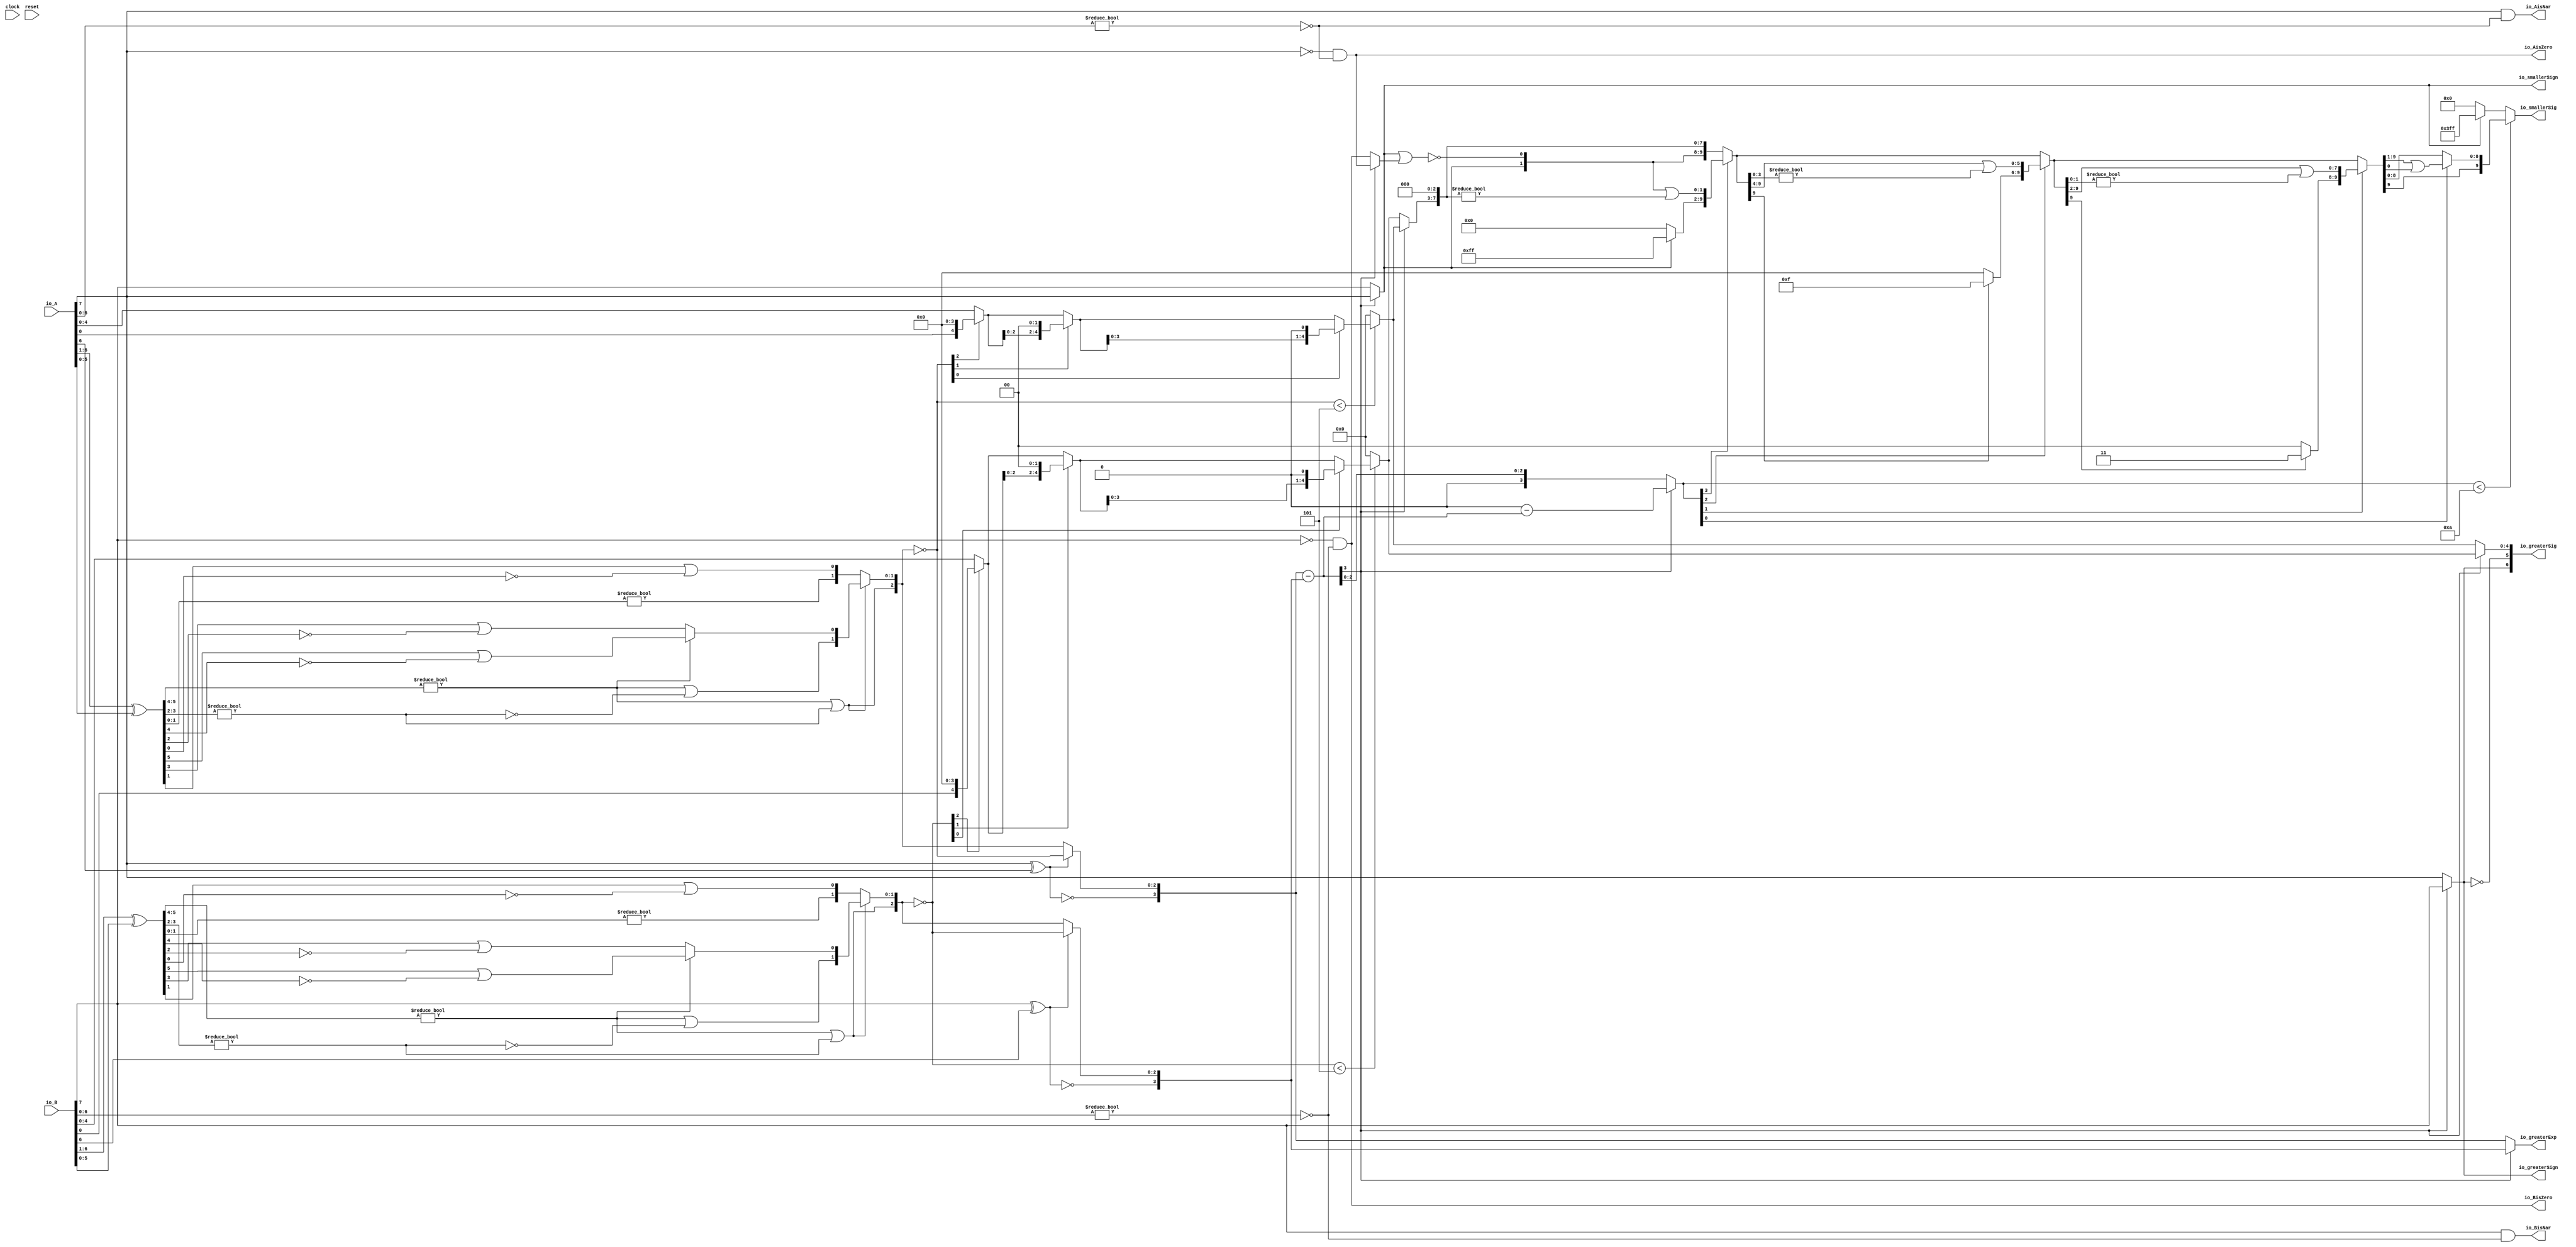
module Sig_op_approx8_0(
  input        clock,
  input        reset,
  input  [7:0] io_A,
  input  [7:0] io_B,
  output       io_greaterSign,
  output       io_smallerSign,
  output [3:0] io_greaterExp,
  output [6:0] io_greaterSig,
  output [9:0] io_smallerSig,
  output       io_AisNar,
  output       io_BisNar,
  output       io_AisZero,
  output       io_BisZero
);
  wire  _T_1; // @[convert.scala 18:24]
  wire  _T_2; // @[convert.scala 18:40]
  wire  _T_3; // @[convert.scala 18:36]
  wire [5:0] _T_4; // @[convert.scala 19:24]
  wire [5:0] _T_5; // @[convert.scala 19:43]
  wire [5:0] _T_6; // @[convert.scala 19:39]
  wire [3:0] _T_7; // @[LZD.scala 43:32]
  wire [1:0] _T_8; // @[LZD.scala 43:32]
  wire  _T_9; // @[LZD.scala 39:14]
  wire  _T_10; // @[LZD.scala 39:21]
  wire  _T_11; // @[LZD.scala 39:30]
  wire  _T_12; // @[LZD.scala 39:27]
  wire  _T_13; // @[LZD.scala 39:25]
  wire [1:0] _T_14; // @[Cat.scala 29:58]
  wire [1:0] _T_15; // @[LZD.scala 44:32]
  wire  _T_16; // @[LZD.scala 39:14]
  wire  _T_17; // @[LZD.scala 39:21]
  wire  _T_18; // @[LZD.scala 39:30]
  wire  _T_19; // @[LZD.scala 39:27]
  wire  _T_20; // @[LZD.scala 39:25]
  wire [1:0] _T_21; // @[Cat.scala 29:58]
  wire  _T_22; // @[Shift.scala 12:21]
  wire  _T_23; // @[Shift.scala 12:21]
  wire  _T_24; // @[LZD.scala 49:16]
  wire  _T_25; // @[LZD.scala 49:27]
  wire  _T_26; // @[LZD.scala 49:25]
  wire  _T_27; // @[LZD.scala 49:47]
  wire  _T_28; // @[LZD.scala 49:59]
  wire  _T_29; // @[LZD.scala 49:35]
  wire [2:0] _T_31; // @[Cat.scala 29:58]
  wire [1:0] _T_32; // @[LZD.scala 44:32]
  wire  _T_33; // @[LZD.scala 39:14]
  wire  _T_34; // @[LZD.scala 39:21]
  wire  _T_35; // @[LZD.scala 39:30]
  wire  _T_36; // @[LZD.scala 39:27]
  wire  _T_37; // @[LZD.scala 39:25]
  wire [1:0] _T_38; // @[Cat.scala 29:58]
  wire  _T_39; // @[Shift.scala 12:21]
  wire [1:0] _T_41; // @[LZD.scala 55:32]
  wire [1:0] _T_42; // @[LZD.scala 55:20]
  wire [2:0] _T_43; // @[Cat.scala 29:58]
  wire [2:0] _T_44; // @[convert.scala 21:22]
  wire [4:0] _T_45; // @[convert.scala 22:36]
  wire  _T_46; // @[Shift.scala 16:24]
  wire  _T_48; // @[Shift.scala 12:21]
  wire  _T_49; // @[Shift.scala 64:52]
  wire [4:0] _T_51; // @[Cat.scala 29:58]
  wire [4:0] _T_52; // @[Shift.scala 64:27]
  wire [1:0] _T_53; // @[Shift.scala 66:70]
  wire  _T_54; // @[Shift.scala 12:21]
  wire [2:0] _T_55; // @[Shift.scala 64:52]
  wire [4:0] _T_57; // @[Cat.scala 29:58]
  wire [4:0] _T_58; // @[Shift.scala 64:27]
  wire  _T_59; // @[Shift.scala 66:70]
  wire [3:0] _T_61; // @[Shift.scala 64:52]
  wire [4:0] _T_62; // @[Cat.scala 29:58]
  wire [4:0] _T_63; // @[Shift.scala 64:27]
  wire [4:0] decA_fraction; // @[Shift.scala 16:10]
  wire  _T_67; // @[convert.scala 25:26]
  wire [2:0] _T_69; // @[convert.scala 25:42]
  wire [3:0] _T_70; // @[Cat.scala 29:58]
  wire [6:0] _T_72; // @[convert.scala 29:56]
  wire  _T_73; // @[convert.scala 29:60]
  wire  _T_74; // @[convert.scala 29:41]
  wire  _T_77; // @[convert.scala 30:19]
  wire  decA_isZero; // @[convert.scala 30:41]
  wire [3:0] decA_scale; // @[convert.scala 32:24]
  wire  _T_86; // @[convert.scala 18:24]
  wire  _T_87; // @[convert.scala 18:40]
  wire  _T_88; // @[convert.scala 18:36]
  wire [5:0] _T_89; // @[convert.scala 19:24]
  wire [5:0] _T_90; // @[convert.scala 19:43]
  wire [5:0] _T_91; // @[convert.scala 19:39]
  wire [3:0] _T_92; // @[LZD.scala 43:32]
  wire [1:0] _T_93; // @[LZD.scala 43:32]
  wire  _T_94; // @[LZD.scala 39:14]
  wire  _T_95; // @[LZD.scala 39:21]
  wire  _T_96; // @[LZD.scala 39:30]
  wire  _T_97; // @[LZD.scala 39:27]
  wire  _T_98; // @[LZD.scala 39:25]
  wire [1:0] _T_99; // @[Cat.scala 29:58]
  wire [1:0] _T_100; // @[LZD.scala 44:32]
  wire  _T_101; // @[LZD.scala 39:14]
  wire  _T_102; // @[LZD.scala 39:21]
  wire  _T_103; // @[LZD.scala 39:30]
  wire  _T_104; // @[LZD.scala 39:27]
  wire  _T_105; // @[LZD.scala 39:25]
  wire [1:0] _T_106; // @[Cat.scala 29:58]
  wire  _T_107; // @[Shift.scala 12:21]
  wire  _T_108; // @[Shift.scala 12:21]
  wire  _T_109; // @[LZD.scala 49:16]
  wire  _T_110; // @[LZD.scala 49:27]
  wire  _T_111; // @[LZD.scala 49:25]
  wire  _T_112; // @[LZD.scala 49:47]
  wire  _T_113; // @[LZD.scala 49:59]
  wire  _T_114; // @[LZD.scala 49:35]
  wire [2:0] _T_116; // @[Cat.scala 29:58]
  wire [1:0] _T_117; // @[LZD.scala 44:32]
  wire  _T_118; // @[LZD.scala 39:14]
  wire  _T_119; // @[LZD.scala 39:21]
  wire  _T_120; // @[LZD.scala 39:30]
  wire  _T_121; // @[LZD.scala 39:27]
  wire  _T_122; // @[LZD.scala 39:25]
  wire [1:0] _T_123; // @[Cat.scala 29:58]
  wire  _T_124; // @[Shift.scala 12:21]
  wire [1:0] _T_126; // @[LZD.scala 55:32]
  wire [1:0] _T_127; // @[LZD.scala 55:20]
  wire [2:0] _T_128; // @[Cat.scala 29:58]
  wire [2:0] _T_129; // @[convert.scala 21:22]
  wire [4:0] _T_130; // @[convert.scala 22:36]
  wire  _T_131; // @[Shift.scala 16:24]
  wire  _T_133; // @[Shift.scala 12:21]
  wire  _T_134; // @[Shift.scala 64:52]
  wire [4:0] _T_136; // @[Cat.scala 29:58]
  wire [4:0] _T_137; // @[Shift.scala 64:27]
  wire [1:0] _T_138; // @[Shift.scala 66:70]
  wire  _T_139; // @[Shift.scala 12:21]
  wire [2:0] _T_140; // @[Shift.scala 64:52]
  wire [4:0] _T_142; // @[Cat.scala 29:58]
  wire [4:0] _T_143; // @[Shift.scala 64:27]
  wire  _T_144; // @[Shift.scala 66:70]
  wire [3:0] _T_146; // @[Shift.scala 64:52]
  wire [4:0] _T_147; // @[Cat.scala 29:58]
  wire [4:0] _T_148; // @[Shift.scala 64:27]
  wire [4:0] decB_fraction; // @[Shift.scala 16:10]
  wire  _T_152; // @[convert.scala 25:26]
  wire [2:0] _T_154; // @[convert.scala 25:42]
  wire [3:0] _T_155; // @[Cat.scala 29:58]
  wire [6:0] _T_157; // @[convert.scala 29:56]
  wire  _T_158; // @[convert.scala 29:60]
  wire  _T_159; // @[convert.scala 29:41]
  wire  _T_162; // @[convert.scala 30:19]
  wire  decB_isZero; // @[convert.scala 30:41]
  wire [3:0] decB_scale; // @[convert.scala 32:24]
  wire [3:0] _T_171; // @[Sig_op_approx.scala 37:30]
  wire [3:0] scale_diff; // @[Sig_op_approx.scala 37:30]
  wire  _T_172; // @[Sig_op_approx.scala 38:37]
  wire  aGTb; // @[Sig_op_approx.scala 38:21]
  wire [4:0] greaterFrac; // @[Sig_op_approx.scala 43:24]
  wire [4:0] smallerFrac; // @[Sig_op_approx.scala 44:24]
  wire  smallerZero; // @[Sig_op_approx.scala 45:24]
  wire [3:0] _T_178; // @[Sig_op_approx.scala 46:35]
  wire [3:0] _T_179; // @[Sig_op_approx.scala 46:35]
  wire [3:0] sdiff; // @[Sig_op_approx.scala 46:18]
  wire  _T_180; // @[Sig_op_approx.scala 51:53]
  wire  _T_181; // @[Sig_op_approx.scala 51:36]
  wire [9:0] _T_184; // @[Cat.scala 29:58]
  wire [3:0] _T_185; // @[Sig_op_approx.scala 51:119]
  wire  _T_186; // @[Shift.scala 39:24]
  wire [1:0] _T_188; // @[Shift.scala 90:30]
  wire [7:0] _T_189; // @[Shift.scala 90:48]
  wire  _T_190; // @[Shift.scala 90:57]
  wire [1:0] _GEN_0; // @[Shift.scala 90:39]
  wire [1:0] _T_191; // @[Shift.scala 90:39]
  wire  _T_192; // @[Shift.scala 12:21]
  wire  _T_193; // @[Shift.scala 12:21]
  wire [7:0] _T_195; // @[Bitwise.scala 71:12]
  wire [9:0] _T_196; // @[Cat.scala 29:58]
  wire [9:0] _T_197; // @[Shift.scala 91:22]
  wire [2:0] _T_198; // @[Shift.scala 92:77]
  wire [5:0] _T_199; // @[Shift.scala 90:30]
  wire [3:0] _T_200; // @[Shift.scala 90:48]
  wire  _T_201; // @[Shift.scala 90:57]
  wire [5:0] _GEN_1; // @[Shift.scala 90:39]
  wire [5:0] _T_202; // @[Shift.scala 90:39]
  wire  _T_203; // @[Shift.scala 12:21]
  wire  _T_204; // @[Shift.scala 12:21]
  wire [3:0] _T_206; // @[Bitwise.scala 71:12]
  wire [9:0] _T_207; // @[Cat.scala 29:58]
  wire [9:0] _T_208; // @[Shift.scala 91:22]
  wire [1:0] _T_209; // @[Shift.scala 92:77]
  wire [7:0] _T_210; // @[Shift.scala 90:30]
  wire [1:0] _T_211; // @[Shift.scala 90:48]
  wire  _T_212; // @[Shift.scala 90:57]
  wire [7:0] _GEN_2; // @[Shift.scala 90:39]
  wire [7:0] _T_213; // @[Shift.scala 90:39]
  wire  _T_214; // @[Shift.scala 12:21]
  wire  _T_215; // @[Shift.scala 12:21]
  wire [1:0] _T_217; // @[Bitwise.scala 71:12]
  wire [9:0] _T_218; // @[Cat.scala 29:58]
  wire [9:0] _T_219; // @[Shift.scala 91:22]
  wire  _T_220; // @[Shift.scala 92:77]
  wire [8:0] _T_221; // @[Shift.scala 90:30]
  wire  _T_222; // @[Shift.scala 90:48]
  wire [8:0] _GEN_3; // @[Shift.scala 90:39]
  wire [8:0] _T_224; // @[Shift.scala 90:39]
  wire  _T_226; // @[Shift.scala 12:21]
  wire [9:0] _T_227; // @[Cat.scala 29:58]
  wire [9:0] _T_228; // @[Shift.scala 91:22]
  wire [9:0] _T_231; // @[Bitwise.scala 71:12]
  wire  _T_232; // @[Sig_op_approx.scala 57:40]
  wire [1:0] _T_233; // @[Cat.scala 29:58]
  assign _T_1 = io_A[7]; // @[convert.scala 18:24]
  assign _T_2 = io_A[6]; // @[convert.scala 18:40]
  assign _T_3 = _T_1 ^ _T_2; // @[convert.scala 18:36]
  assign _T_4 = io_A[6:1]; // @[convert.scala 19:24]
  assign _T_5 = io_A[5:0]; // @[convert.scala 19:43]
  assign _T_6 = _T_4 ^ _T_5; // @[convert.scala 19:39]
  assign _T_7 = _T_6[5:2]; // @[LZD.scala 43:32]
  assign _T_8 = _T_7[3:2]; // @[LZD.scala 43:32]
  assign _T_9 = _T_8 != 2'h0; // @[LZD.scala 39:14]
  assign _T_10 = _T_8[1]; // @[LZD.scala 39:21]
  assign _T_11 = _T_8[0]; // @[LZD.scala 39:30]
  assign _T_12 = ~ _T_11; // @[LZD.scala 39:27]
  assign _T_13 = _T_10 | _T_12; // @[LZD.scala 39:25]
  assign _T_14 = {_T_9,_T_13}; // @[Cat.scala 29:58]
  assign _T_15 = _T_7[1:0]; // @[LZD.scala 44:32]
  assign _T_16 = _T_15 != 2'h0; // @[LZD.scala 39:14]
  assign _T_17 = _T_15[1]; // @[LZD.scala 39:21]
  assign _T_18 = _T_15[0]; // @[LZD.scala 39:30]
  assign _T_19 = ~ _T_18; // @[LZD.scala 39:27]
  assign _T_20 = _T_17 | _T_19; // @[LZD.scala 39:25]
  assign _T_21 = {_T_16,_T_20}; // @[Cat.scala 29:58]
  assign _T_22 = _T_14[1]; // @[Shift.scala 12:21]
  assign _T_23 = _T_21[1]; // @[Shift.scala 12:21]
  assign _T_24 = _T_22 | _T_23; // @[LZD.scala 49:16]
  assign _T_25 = ~ _T_23; // @[LZD.scala 49:27]
  assign _T_26 = _T_22 | _T_25; // @[LZD.scala 49:25]
  assign _T_27 = _T_14[0:0]; // @[LZD.scala 49:47]
  assign _T_28 = _T_21[0:0]; // @[LZD.scala 49:59]
  assign _T_29 = _T_22 ? _T_27 : _T_28; // @[LZD.scala 49:35]
  assign _T_31 = {_T_24,_T_26,_T_29}; // @[Cat.scala 29:58]
  assign _T_32 = _T_6[1:0]; // @[LZD.scala 44:32]
  assign _T_33 = _T_32 != 2'h0; // @[LZD.scala 39:14]
  assign _T_34 = _T_32[1]; // @[LZD.scala 39:21]
  assign _T_35 = _T_32[0]; // @[LZD.scala 39:30]
  assign _T_36 = ~ _T_35; // @[LZD.scala 39:27]
  assign _T_37 = _T_34 | _T_36; // @[LZD.scala 39:25]
  assign _T_38 = {_T_33,_T_37}; // @[Cat.scala 29:58]
  assign _T_39 = _T_31[2]; // @[Shift.scala 12:21]
  assign _T_41 = _T_31[1:0]; // @[LZD.scala 55:32]
  assign _T_42 = _T_39 ? _T_41 : _T_38; // @[LZD.scala 55:20]
  assign _T_43 = {_T_39,_T_42}; // @[Cat.scala 29:58]
  assign _T_44 = ~ _T_43; // @[convert.scala 21:22]
  assign _T_45 = io_A[4:0]; // @[convert.scala 22:36]
  assign _T_46 = _T_44 < 3'h5; // @[Shift.scala 16:24]
  assign _T_48 = _T_44[2]; // @[Shift.scala 12:21]
  assign _T_49 = _T_45[0:0]; // @[Shift.scala 64:52]
  assign _T_51 = {_T_49,4'h0}; // @[Cat.scala 29:58]
  assign _T_52 = _T_48 ? _T_51 : _T_45; // @[Shift.scala 64:27]
  assign _T_53 = _T_44[1:0]; // @[Shift.scala 66:70]
  assign _T_54 = _T_53[1]; // @[Shift.scala 12:21]
  assign _T_55 = _T_52[2:0]; // @[Shift.scala 64:52]
  assign _T_57 = {_T_55,2'h0}; // @[Cat.scala 29:58]
  assign _T_58 = _T_54 ? _T_57 : _T_52; // @[Shift.scala 64:27]
  assign _T_59 = _T_53[0:0]; // @[Shift.scala 66:70]
  assign _T_61 = _T_58[3:0]; // @[Shift.scala 64:52]
  assign _T_62 = {_T_61,1'h0}; // @[Cat.scala 29:58]
  assign _T_63 = _T_59 ? _T_62 : _T_58; // @[Shift.scala 64:27]
  assign decA_fraction = _T_46 ? _T_63 : 5'h0; // @[Shift.scala 16:10]
  assign _T_67 = _T_3 == 1'h0; // @[convert.scala 25:26]
  assign _T_69 = _T_3 ? _T_44 : _T_43; // @[convert.scala 25:42]
  assign _T_70 = {_T_67,_T_69}; // @[Cat.scala 29:58]
  assign _T_72 = io_A[6:0]; // @[convert.scala 29:56]
  assign _T_73 = _T_72 != 7'h0; // @[convert.scala 29:60]
  assign _T_74 = ~ _T_73; // @[convert.scala 29:41]
  assign _T_77 = _T_1 == 1'h0; // @[convert.scala 30:19]
  assign decA_isZero = _T_77 & _T_74; // @[convert.scala 30:41]
  assign decA_scale = $signed(_T_70); // @[convert.scala 32:24]
  assign _T_86 = io_B[7]; // @[convert.scala 18:24]
  assign _T_87 = io_B[6]; // @[convert.scala 18:40]
  assign _T_88 = _T_86 ^ _T_87; // @[convert.scala 18:36]
  assign _T_89 = io_B[6:1]; // @[convert.scala 19:24]
  assign _T_90 = io_B[5:0]; // @[convert.scala 19:43]
  assign _T_91 = _T_89 ^ _T_90; // @[convert.scala 19:39]
  assign _T_92 = _T_91[5:2]; // @[LZD.scala 43:32]
  assign _T_93 = _T_92[3:2]; // @[LZD.scala 43:32]
  assign _T_94 = _T_93 != 2'h0; // @[LZD.scala 39:14]
  assign _T_95 = _T_93[1]; // @[LZD.scala 39:21]
  assign _T_96 = _T_93[0]; // @[LZD.scala 39:30]
  assign _T_97 = ~ _T_96; // @[LZD.scala 39:27]
  assign _T_98 = _T_95 | _T_97; // @[LZD.scala 39:25]
  assign _T_99 = {_T_94,_T_98}; // @[Cat.scala 29:58]
  assign _T_100 = _T_92[1:0]; // @[LZD.scala 44:32]
  assign _T_101 = _T_100 != 2'h0; // @[LZD.scala 39:14]
  assign _T_102 = _T_100[1]; // @[LZD.scala 39:21]
  assign _T_103 = _T_100[0]; // @[LZD.scala 39:30]
  assign _T_104 = ~ _T_103; // @[LZD.scala 39:27]
  assign _T_105 = _T_102 | _T_104; // @[LZD.scala 39:25]
  assign _T_106 = {_T_101,_T_105}; // @[Cat.scala 29:58]
  assign _T_107 = _T_99[1]; // @[Shift.scala 12:21]
  assign _T_108 = _T_106[1]; // @[Shift.scala 12:21]
  assign _T_109 = _T_107 | _T_108; // @[LZD.scala 49:16]
  assign _T_110 = ~ _T_108; // @[LZD.scala 49:27]
  assign _T_111 = _T_107 | _T_110; // @[LZD.scala 49:25]
  assign _T_112 = _T_99[0:0]; // @[LZD.scala 49:47]
  assign _T_113 = _T_106[0:0]; // @[LZD.scala 49:59]
  assign _T_114 = _T_107 ? _T_112 : _T_113; // @[LZD.scala 49:35]
  assign _T_116 = {_T_109,_T_111,_T_114}; // @[Cat.scala 29:58]
  assign _T_117 = _T_91[1:0]; // @[LZD.scala 44:32]
  assign _T_118 = _T_117 != 2'h0; // @[LZD.scala 39:14]
  assign _T_119 = _T_117[1]; // @[LZD.scala 39:21]
  assign _T_120 = _T_117[0]; // @[LZD.scala 39:30]
  assign _T_121 = ~ _T_120; // @[LZD.scala 39:27]
  assign _T_122 = _T_119 | _T_121; // @[LZD.scala 39:25]
  assign _T_123 = {_T_118,_T_122}; // @[Cat.scala 29:58]
  assign _T_124 = _T_116[2]; // @[Shift.scala 12:21]
  assign _T_126 = _T_116[1:0]; // @[LZD.scala 55:32]
  assign _T_127 = _T_124 ? _T_126 : _T_123; // @[LZD.scala 55:20]
  assign _T_128 = {_T_124,_T_127}; // @[Cat.scala 29:58]
  assign _T_129 = ~ _T_128; // @[convert.scala 21:22]
  assign _T_130 = io_B[4:0]; // @[convert.scala 22:36]
  assign _T_131 = _T_129 < 3'h5; // @[Shift.scala 16:24]
  assign _T_133 = _T_129[2]; // @[Shift.scala 12:21]
  assign _T_134 = _T_130[0:0]; // @[Shift.scala 64:52]
  assign _T_136 = {_T_134,4'h0}; // @[Cat.scala 29:58]
  assign _T_137 = _T_133 ? _T_136 : _T_130; // @[Shift.scala 64:27]
  assign _T_138 = _T_129[1:0]; // @[Shift.scala 66:70]
  assign _T_139 = _T_138[1]; // @[Shift.scala 12:21]
  assign _T_140 = _T_137[2:0]; // @[Shift.scala 64:52]
  assign _T_142 = {_T_140,2'h0}; // @[Cat.scala 29:58]
  assign _T_143 = _T_139 ? _T_142 : _T_137; // @[Shift.scala 64:27]
  assign _T_144 = _T_138[0:0]; // @[Shift.scala 66:70]
  assign _T_146 = _T_143[3:0]; // @[Shift.scala 64:52]
  assign _T_147 = {_T_146,1'h0}; // @[Cat.scala 29:58]
  assign _T_148 = _T_144 ? _T_147 : _T_143; // @[Shift.scala 64:27]
  assign decB_fraction = _T_131 ? _T_148 : 5'h0; // @[Shift.scala 16:10]
  assign _T_152 = _T_88 == 1'h0; // @[convert.scala 25:26]
  assign _T_154 = _T_88 ? _T_129 : _T_128; // @[convert.scala 25:42]
  assign _T_155 = {_T_152,_T_154}; // @[Cat.scala 29:58]
  assign _T_157 = io_B[6:0]; // @[convert.scala 29:56]
  assign _T_158 = _T_157 != 7'h0; // @[convert.scala 29:60]
  assign _T_159 = ~ _T_158; // @[convert.scala 29:41]
  assign _T_162 = _T_86 == 1'h0; // @[convert.scala 30:19]
  assign decB_isZero = _T_162 & _T_159; // @[convert.scala 30:41]
  assign decB_scale = $signed(_T_155); // @[convert.scala 32:24]
  assign _T_171 = $signed(decA_scale) - $signed(decB_scale); // @[Sig_op_approx.scala 37:30]
  assign scale_diff = $signed(_T_171); // @[Sig_op_approx.scala 37:30]
  assign _T_172 = scale_diff[3:3]; // @[Sig_op_approx.scala 38:37]
  assign aGTb = ~ _T_172; // @[Sig_op_approx.scala 38:21]
  assign greaterFrac = aGTb ? decA_fraction : decB_fraction; // @[Sig_op_approx.scala 43:24]
  assign smallerFrac = aGTb ? decB_fraction : decA_fraction; // @[Sig_op_approx.scala 44:24]
  assign smallerZero = aGTb ? decB_isZero : decA_isZero; // @[Sig_op_approx.scala 45:24]
  assign _T_178 = $signed(4'sh0) - $signed(scale_diff); // @[Sig_op_approx.scala 46:35]
  assign _T_179 = $signed(_T_178); // @[Sig_op_approx.scala 46:35]
  assign sdiff = aGTb ? $signed(scale_diff) : $signed(_T_179); // @[Sig_op_approx.scala 46:18]
  assign _T_180 = io_smallerSign | smallerZero; // @[Sig_op_approx.scala 51:53]
  assign _T_181 = ~ _T_180; // @[Sig_op_approx.scala 51:36]
  assign _T_184 = {io_smallerSign,_T_181,smallerFrac,3'h0}; // @[Cat.scala 29:58]
  assign _T_185 = $unsigned(sdiff); // @[Sig_op_approx.scala 51:119]
  assign _T_186 = _T_185 < 4'ha; // @[Shift.scala 39:24]
  assign _T_188 = _T_184[9:8]; // @[Shift.scala 90:30]
  assign _T_189 = _T_184[7:0]; // @[Shift.scala 90:48]
  assign _T_190 = _T_189 != 8'h0; // @[Shift.scala 90:57]
  assign _GEN_0 = {{1'd0}, _T_190}; // @[Shift.scala 90:39]
  assign _T_191 = _T_188 | _GEN_0; // @[Shift.scala 90:39]
  assign _T_192 = _T_185[3]; // @[Shift.scala 12:21]
  assign _T_193 = _T_184[9]; // @[Shift.scala 12:21]
  assign _T_195 = _T_193 ? 8'hff : 8'h0; // @[Bitwise.scala 71:12]
  assign _T_196 = {_T_195,_T_191}; // @[Cat.scala 29:58]
  assign _T_197 = _T_192 ? _T_196 : _T_184; // @[Shift.scala 91:22]
  assign _T_198 = _T_185[2:0]; // @[Shift.scala 92:77]
  assign _T_199 = _T_197[9:4]; // @[Shift.scala 90:30]
  assign _T_200 = _T_197[3:0]; // @[Shift.scala 90:48]
  assign _T_201 = _T_200 != 4'h0; // @[Shift.scala 90:57]
  assign _GEN_1 = {{5'd0}, _T_201}; // @[Shift.scala 90:39]
  assign _T_202 = _T_199 | _GEN_1; // @[Shift.scala 90:39]
  assign _T_203 = _T_198[2]; // @[Shift.scala 12:21]
  assign _T_204 = _T_197[9]; // @[Shift.scala 12:21]
  assign _T_206 = _T_204 ? 4'hf : 4'h0; // @[Bitwise.scala 71:12]
  assign _T_207 = {_T_206,_T_202}; // @[Cat.scala 29:58]
  assign _T_208 = _T_203 ? _T_207 : _T_197; // @[Shift.scala 91:22]
  assign _T_209 = _T_198[1:0]; // @[Shift.scala 92:77]
  assign _T_210 = _T_208[9:2]; // @[Shift.scala 90:30]
  assign _T_211 = _T_208[1:0]; // @[Shift.scala 90:48]
  assign _T_212 = _T_211 != 2'h0; // @[Shift.scala 90:57]
  assign _GEN_2 = {{7'd0}, _T_212}; // @[Shift.scala 90:39]
  assign _T_213 = _T_210 | _GEN_2; // @[Shift.scala 90:39]
  assign _T_214 = _T_209[1]; // @[Shift.scala 12:21]
  assign _T_215 = _T_208[9]; // @[Shift.scala 12:21]
  assign _T_217 = _T_215 ? 2'h3 : 2'h0; // @[Bitwise.scala 71:12]
  assign _T_218 = {_T_217,_T_213}; // @[Cat.scala 29:58]
  assign _T_219 = _T_214 ? _T_218 : _T_208; // @[Shift.scala 91:22]
  assign _T_220 = _T_209[0:0]; // @[Shift.scala 92:77]
  assign _T_221 = _T_219[9:1]; // @[Shift.scala 90:30]
  assign _T_222 = _T_219[0:0]; // @[Shift.scala 90:48]
  assign _GEN_3 = {{8'd0}, _T_222}; // @[Shift.scala 90:39]
  assign _T_224 = _T_221 | _GEN_3; // @[Shift.scala 90:39]
  assign _T_226 = _T_219[9]; // @[Shift.scala 12:21]
  assign _T_227 = {_T_226,_T_224}; // @[Cat.scala 29:58]
  assign _T_228 = _T_220 ? _T_227 : _T_219; // @[Shift.scala 91:22]
  assign _T_231 = _T_193 ? 10'h3ff : 10'h0; // @[Bitwise.scala 71:12]
  assign _T_232 = ~ io_greaterSign; // @[Sig_op_approx.scala 57:40]
  assign _T_233 = {io_greaterSign,_T_232}; // @[Cat.scala 29:58]
  assign io_greaterSign = aGTb ? _T_1 : _T_86; // @[Sig_op_approx.scala 39:18]
  assign io_smallerSign = aGTb ? _T_86 : _T_1; // @[Sig_op_approx.scala 40:18]
  assign io_greaterExp = aGTb ? $signed(decA_scale) : $signed(decB_scale); // @[Sig_op_approx.scala 41:18]
  assign io_greaterSig = {_T_233,greaterFrac}; // @[Sig_op_approx.scala 57:17]
  assign io_smallerSig = _T_186 ? _T_228 : _T_231; // @[Sig_op_approx.scala 52:17]
  assign io_AisNar = _T_1 & _T_74; // @[Sig_op_approx.scala 47:13]
  assign io_BisNar = _T_86 & _T_159; // @[Sig_op_approx.scala 48:13]
  assign io_AisZero = _T_77 & _T_74; // @[Sig_op_approx.scala 49:14]
  assign io_BisZero = _T_162 & _T_159; // @[Sig_op_approx.scala 50:14]
endmodule